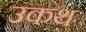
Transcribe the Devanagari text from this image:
उकथ